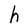
Character: h